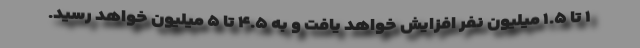
۱ تا ۱.۵ میلیون نفر افزایش خواهد یافت و به ۴.۵ تا ۵ میلیون خواهد رسید.